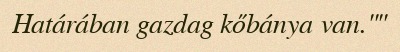
Határában gazdag kőbánya van.""